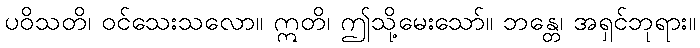
ပဝိသတိ၊ ဝင်သေးသလော။ ဣတိ၊ ဤသို့မေးသော်။ ဘန္တေ၊ အရှင်ဘုရား။